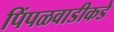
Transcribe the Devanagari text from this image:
पिंपळवाडीकडे